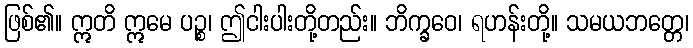
ဖြစ်၏။ ဣတိ ဣမေ ပဉ္စ၊ ဤငါးပါးတို့တည်း။ ဘိက္ခဝေ၊ ရဟန်းတို့။ သမယဘတ္တေ၊